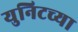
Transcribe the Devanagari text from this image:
युनिटच्या